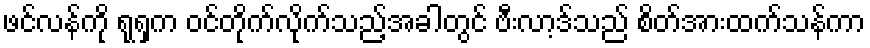
ဖင်လန်ကို ရုရှက ဝင်တိုက်လိုက်သည့်အခါတွင် ဗီးလာ့ဒ်သည် စိတ်အားထက်သန်ကာ